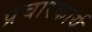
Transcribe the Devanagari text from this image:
प्रचारकार्य